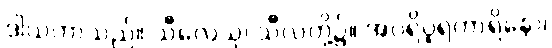
ဒါယကာသည်။ သီလေသု၊ သီလတို့၌။ အပရိပူရကာရိနော၊